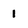
Character: 1